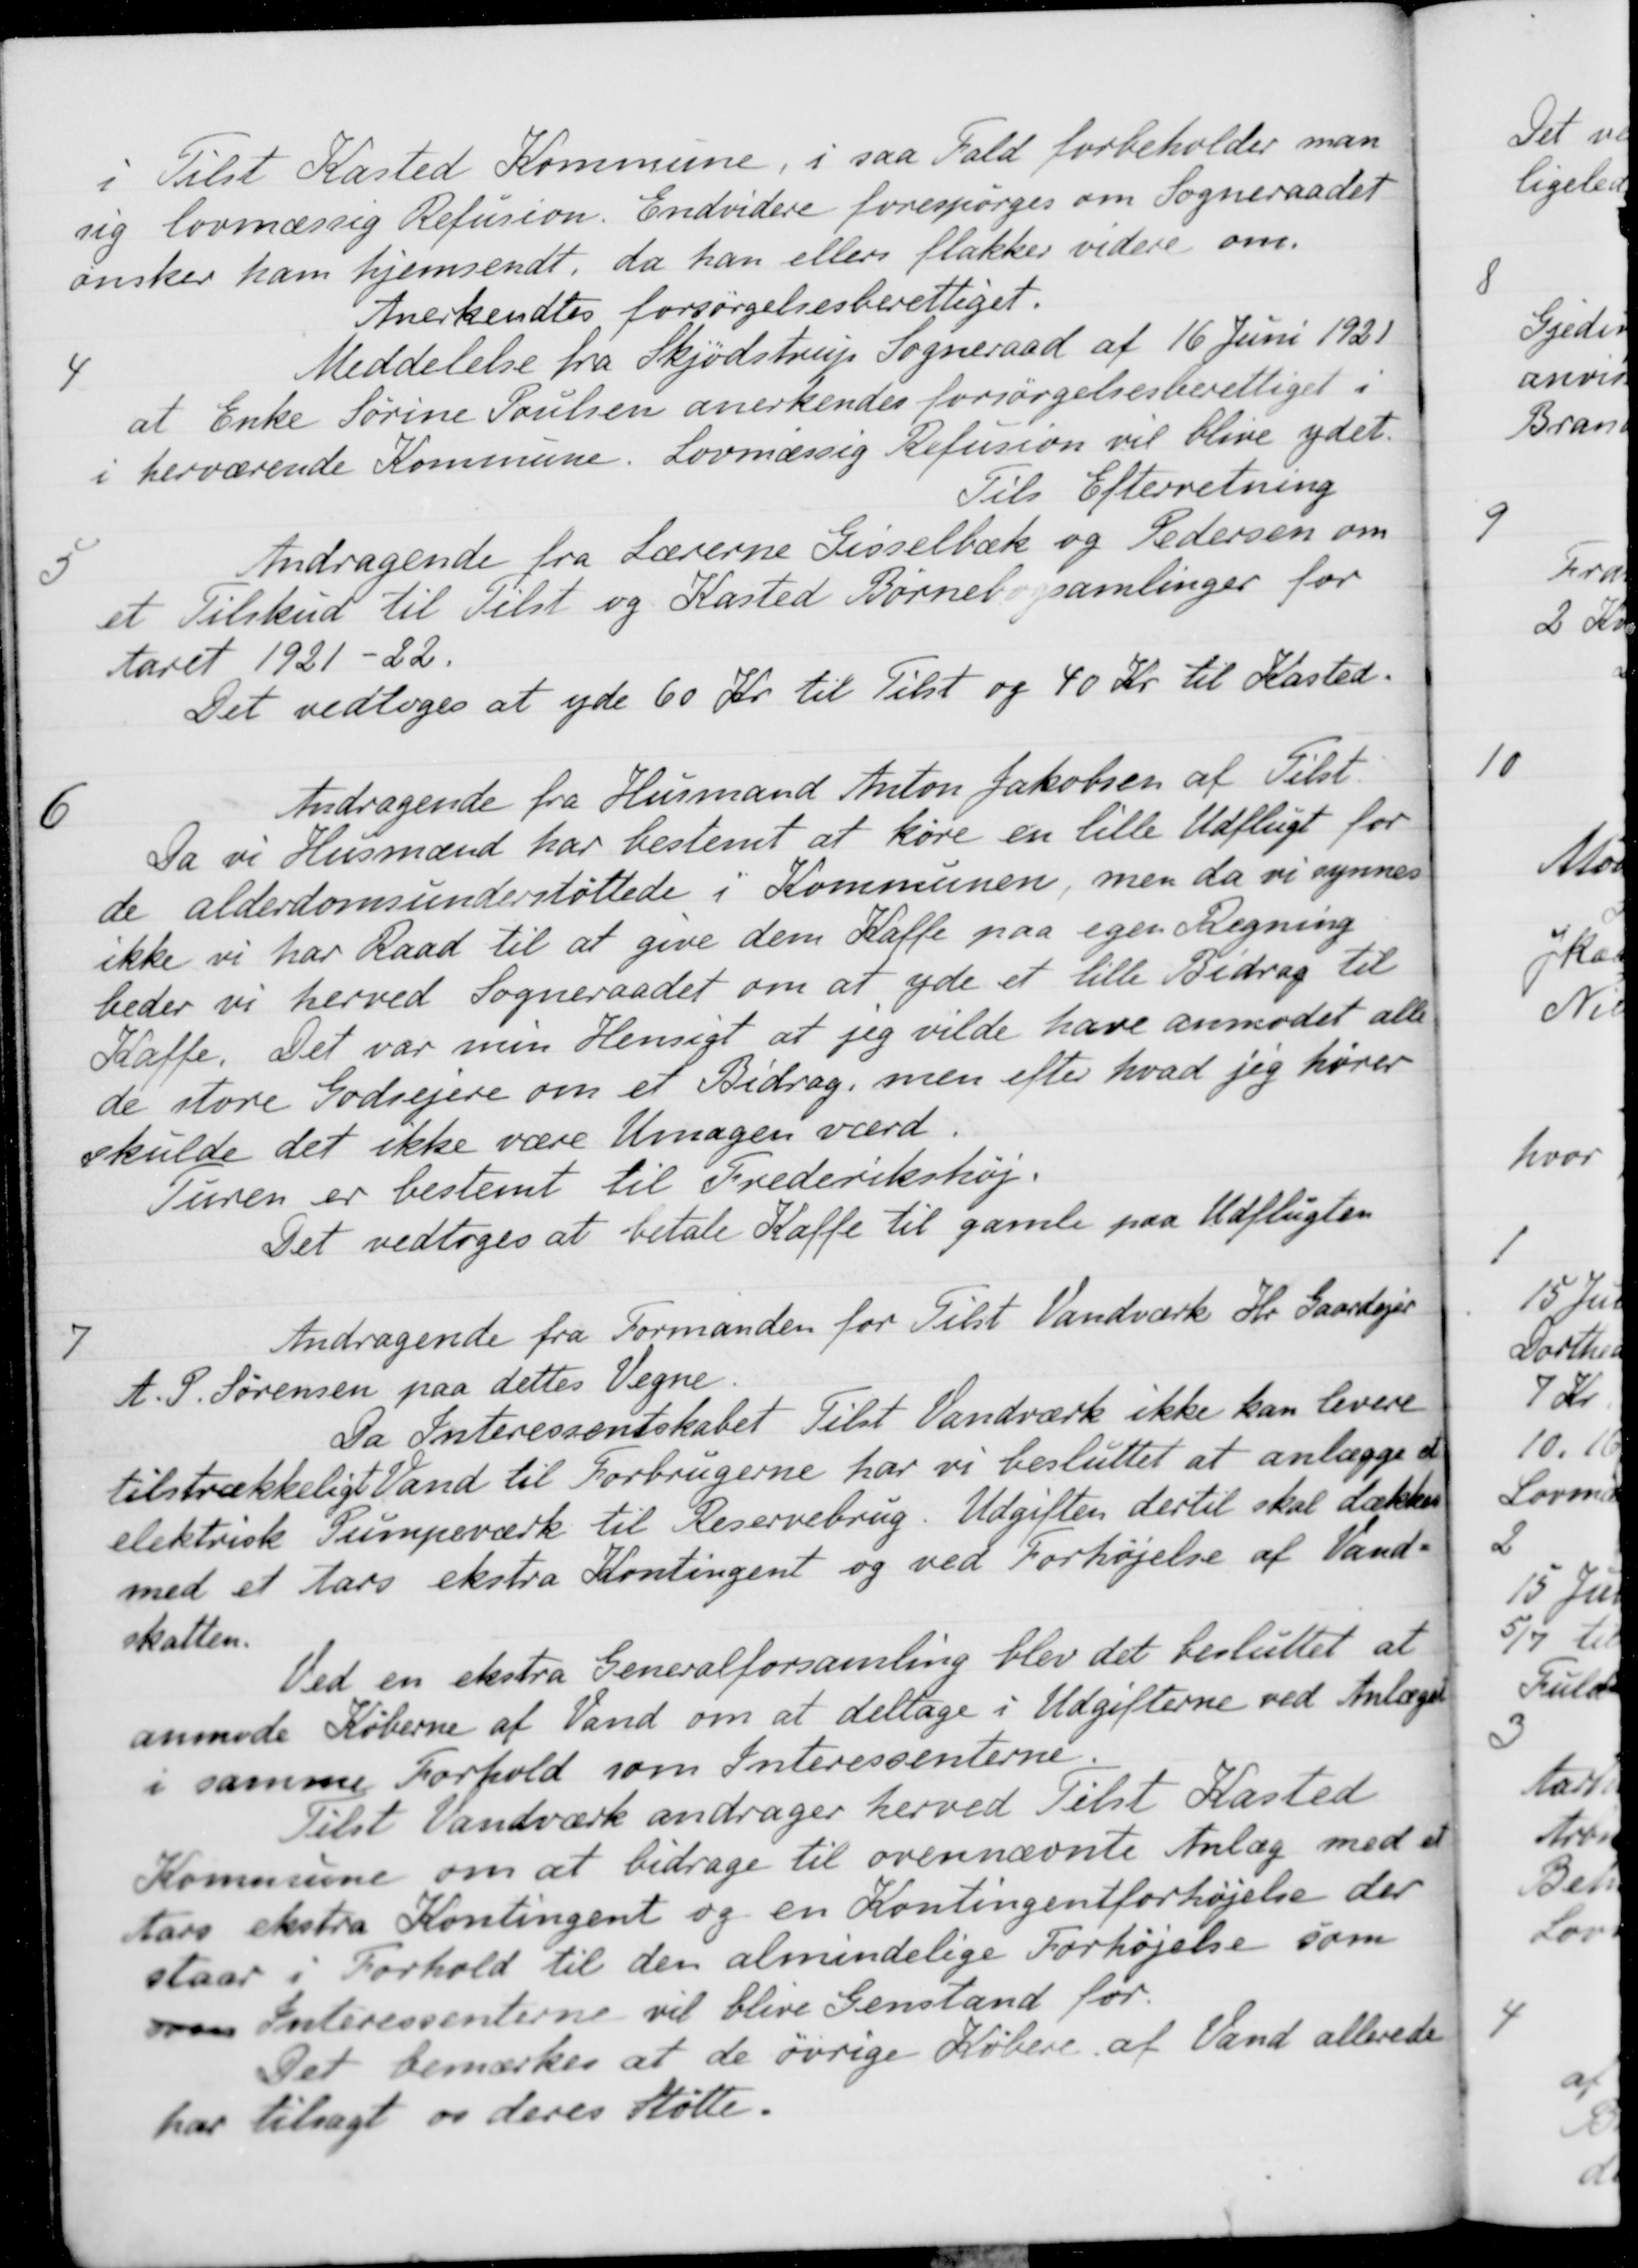
Transskription:
i Tilst Kasted Kommune, i saa Fald forbeholder man
sig lovmæssig Refusion. Endvidere forespørges om Sogneraadet
ønsker ham hjemsendt, da han ellers flakker videre om
Anerkendtes forsørgelsesberettiget.
4
Meddelelse fra Skjødstrup Sogneraad af 16 Juni 1921
at Enke Sørine Poulsen anerkendes forsørgelsesberettiget i
i herværende Kommune. Lovmæssig Refusion vil blive ydet.
Til Efterretning
5
Andragende fra Lærerne Gisselbæk og Pedersen om
et Tilskud til Tilst og Kasted Børnebogsamlinger for
Aaret 1921-22.
Det vedtoges at yde 60 Kr. til Tilst og 40 Kr. til Kasted.
6
Andragende fra Husmand Anton Jakobsen af Tilst.
Da vi Husmænd har bestemt at køre en lille Udflugt for
de alderdomsunderstøttede i Kommunen, men da vi synnes
ikke vi har Raad til at give dem Kaffe paa egen Regning
beder vi herved Sogneraadet om at yde et lille Bidrag til
Kaffe. Det var men Hensigt at jeg vilde have anmodet alle
de store Godsejere om et Bidrag, men efter hvad jeg hører
skulde det ikke være Umagen værd.
Turen er bestemt til Frederikshøj.
Det vedtoges at betale Kaffe til gamle paa Udflugten
7
Andragende fra Formanden for Tilst Vandværk Hr. Gaardejer
A. S. Sørensen paa dettes Vegne.
Da Interessentskabet Tilst Vandværk ikke kan levere
tilstrækkeligt Vand til Forbrugerne har vi besluttet at anlægge et
elektrisk Pumpeværk til Reservebrug. Udgiften dertil skal dække
med et Aars ekstra Kontingent og ved Forhøjelse af Vand
skatten.
Ved en ekstra Generalforsamling blev det besluttet at
anmode Køberne af Vand om at deltage i Udgifterne ved Anlæget
i samme Forhold som Interessenterne
Tilst Vandværk andrager herved Tilst Kasted
Kommune om at bidrage til ovennævnte Anlæg med et
Aars ekstra Kontingent og en Kontingentforhøjelse der
staar i Forhold til den almindelige Forhøjelse som
som Interessenterne vil blive Genstand for
Det bemærkes at de øvrige Købere af Vand allerede
har tilsagt os deres Støtte.